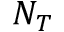
N _ { T }